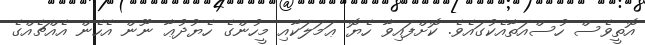
އޮތީވެސް ހުސްއަތާއެކުގައެވެ. ކޮށްފައިވާ ހެޔޮ ޢަމަލަކާއި މީހުންގެ ހެޔުދުޢާ ނޫން އެހެން އެއްޗެއްގެ